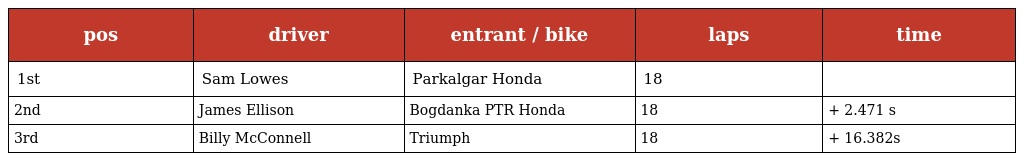
| pos | driver | entrant / bike | laps | time |
 | --- | --- | --- | --- | --- |
 | 1st | Sam Lowes | Parkalgar Honda | 18 |  |
 | 2nd | James Ellison | Bogdanka PTR Honda | 18 | + 2.471 s |
 | 3rd | Billy McConnell | Triumph | 18 | + 16.382s |